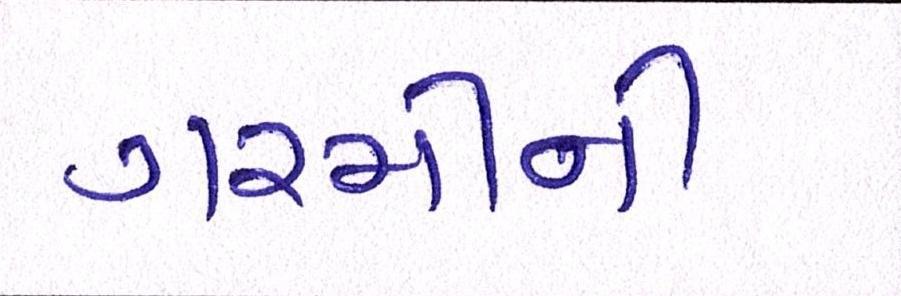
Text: ગરમીની